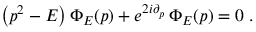
\left( p ^ { 2 } - E \right) \Phi _ { E } ( p ) + e ^ { 2 i \partial _ { p } } \, \Phi _ { E } ( p ) = 0 \; .